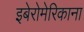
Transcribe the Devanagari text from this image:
इबेरोमेरिकाना